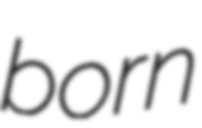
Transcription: born